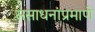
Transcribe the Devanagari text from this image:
संसाधनांप्रमाणे